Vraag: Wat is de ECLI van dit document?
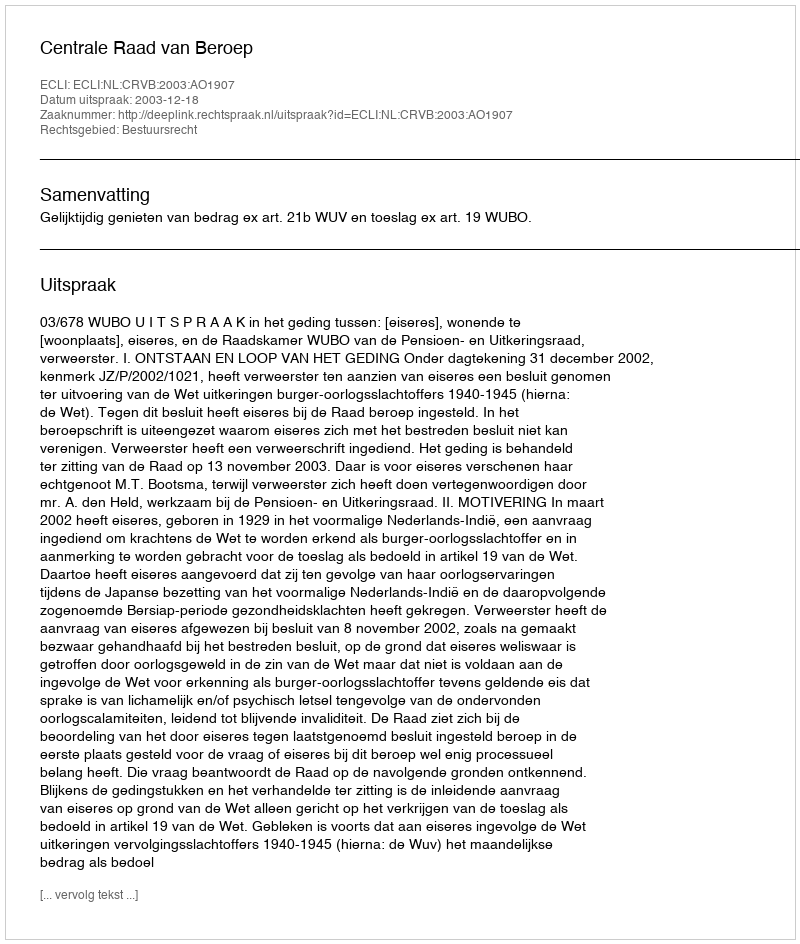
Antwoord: ECLI:NL:CRVB:2003:AO1907